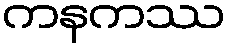
ကနကဿ